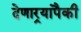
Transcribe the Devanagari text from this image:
देणार्‍यांपैकी